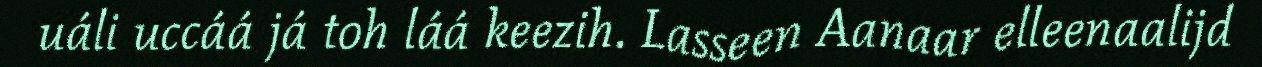
uáli uccáá já toh láá keezih. Lasseen Aanaar elleenaalijd